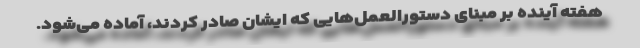
هفته آینده بر مبنای دستورالعمل‌هایی که ایشان صادر کردند، آماده می‌شود.